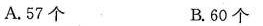
A.57个 B.60个